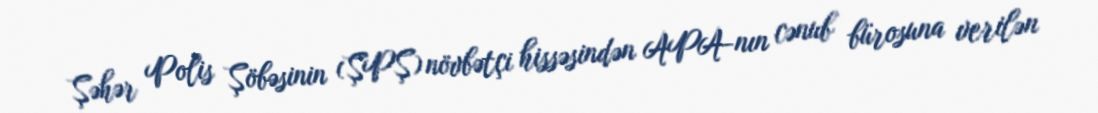
Şəhər Polis Şöbəsinin (ŞPŞ) növbətçi hissəsindən APA-nın cənub bürosuna verilən